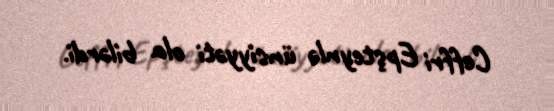
Ceffri Epşteynlə ünsiyyəti ola bilərdi.